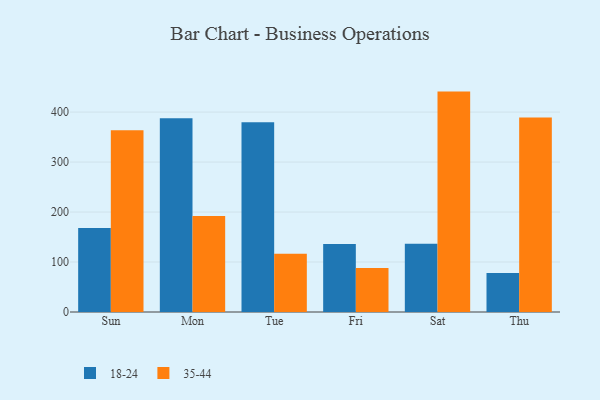
{"axis": {"x": "Day", "y": "Humidity (%)"}, "legend": ["18-24", "35-44"], "data": [{"x": "Sun", "y": 168.0, "type": "18-24"}, {"x": "Sun", "y": 363.5, "type": "35-44"}, {"x": "Mon", "y": 387.6, "type": "18-24"}, {"x": "Mon", "y": 192.2, "type": "35-44"}, {"x": "Tue", "y": 379.7, "type": "18-24"}, {"x": "Tue", "y": 116.8, "type": "35-44"}, {"x": "Fri", "y": 136.3, "type": "18-24"}, {"x": "Fri", "y": 88.0, "type": "35-44"}, {"x": "Sat", "y": 136.5, "type": "18-24"}, {"x": "Sat", "y": 441.0, "type": "35-44"}, {"x": "Thu", "y": 77.8, "type": "18-24"}, {"x": "Thu", "y": 389.1, "type": "35-44"}]}